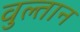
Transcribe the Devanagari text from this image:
वुल्तान